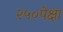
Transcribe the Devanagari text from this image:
२५०पेक्षा